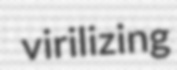
virilizing